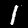
Digit: 1